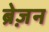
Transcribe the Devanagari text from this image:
ब्रेज़न